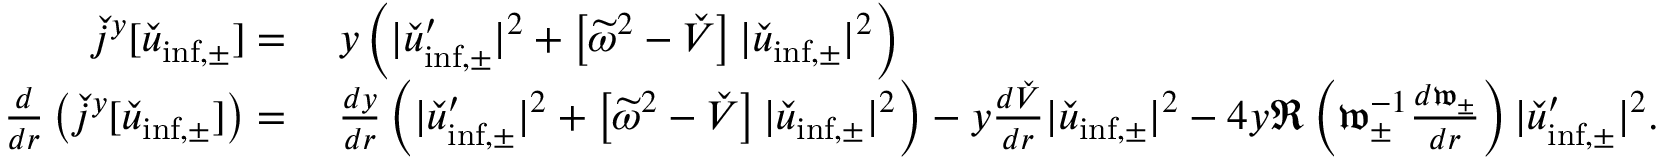
\begin{array} { r l } { \check { j } ^ { y } [ \check { u } _ { \mathrm { i n f , \pm } } ] = } & { \: y \left( | \check { u } _ { \mathrm { i n f , \pm } } ^ { \prime } | ^ { 2 } + \left[ \widetilde { \omega } ^ { 2 } - \check { V } \right] | \check { u } _ { \mathrm { i n f , \pm } } | ^ { 2 } \right) } \\ { \frac { d } { d r } \left( \check { j } ^ { y } [ \check { u } _ { \mathrm { i n f , \pm } } ] \right) = } & { \: \frac { d y } { d r } \left( | \check { u } _ { \mathrm { i n f , \pm } } ^ { \prime } | ^ { 2 } + \left[ \widetilde { \omega } ^ { 2 } - \check { V } \right] | \check { u } _ { \mathrm { i n f , \pm } } | ^ { 2 } \right) - y \frac { d \check { V } } { d r } | \check { u } _ { \mathrm { i n f , \pm } } | ^ { 2 } - 4 y \Re \left( \mathfrak { w } _ { \pm } ^ { - 1 } \frac { d \mathfrak { w } _ { \pm } } { d r } \right) | \check { u } _ { \mathrm { i n f , \pm } } ^ { \prime } | ^ { 2 } . } \end{array}